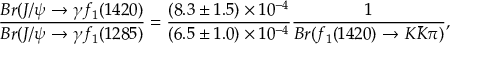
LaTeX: \frac { B r ( J / \psi \rightarrow \gamma f _ { 1 } ( 1 4 2 0 ) } { B r ( J / \psi \rightarrow \gamma f _ { 1 } ( 1 2 8 5 ) } = \frac { ( 8 . 3 \pm 1 . 5 ) \times 1 0 ^ { - 4 } } { ( 6 . 5 \pm 1 . 0 ) \times 1 0 ^ { - 4 } } \frac { 1 } { B r ( f _ { 1 } ( 1 4 2 0 ) \rightarrow K \bar { K } \pi ) } ,